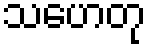
သဟေတု